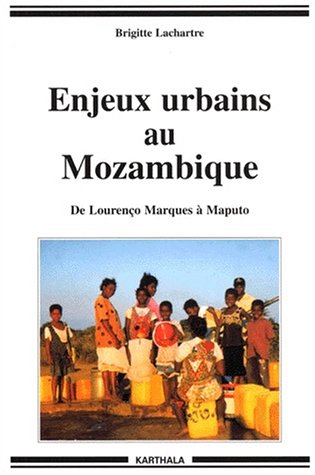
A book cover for Enjeux urbains au Mozambique; De LourenÃ§o Marques Ã  Maputo; Travel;